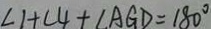
\angle 1 + \angle 4 + \angle A G D = 1 8 0 ^ { \circ }